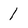
Character: 1